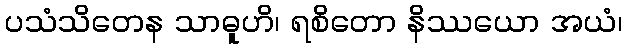
ပသံသိတေန သာဓူဟိ၊ ရစိတော နိဿယော အယံ၊